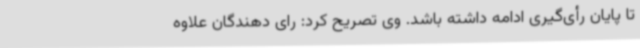
تا پایان رأی‌گیری ادامه داشته باشد. وی تصریح کرد: رای دهندگان علاوه